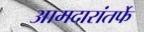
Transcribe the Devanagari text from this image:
आमदारांतर्फे